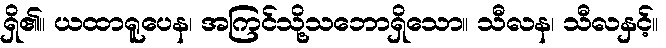
ရှိ၏။ ယထာရူပေန၊ အကြင်သို့သဘောရှိသော။ သီလန၊ သီလနှင့်။